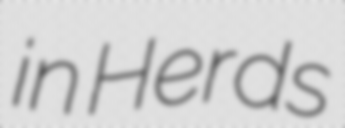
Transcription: in Herds